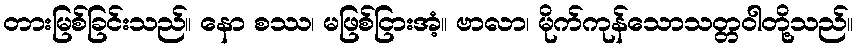
တားမြစ်ခြင်းသည်။ နော စဿ၊ မဖြစ်ငြားအံ့။ ဗာလာ၊ မိုက်ကုန်သောသတ္တဝါတို့သည်။